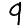
Digit: 9